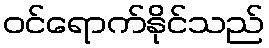
ဝင်ရောက်နိုင်သည်